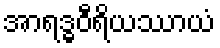
အာရဒ္ဓဝီရိယဿာယံ